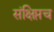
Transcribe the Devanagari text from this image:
संक्षिप्तच